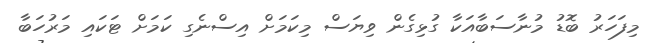
މިފަހަރު ބޮޑު މުނާސަބާއަކާ ގުޅިގެން ވިޔަސް މިކަމަށް އިސްނެގި ކަމަށް ޓަކައި މަރުހަބާ